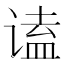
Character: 𬤒